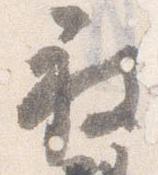
被